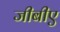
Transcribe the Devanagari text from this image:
जीबीए